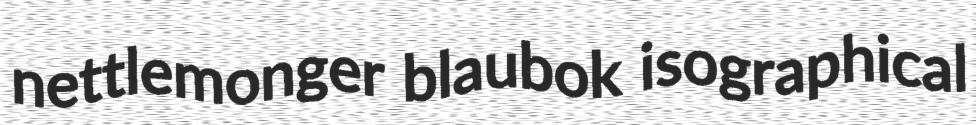
nettlemonger blaubok isographical